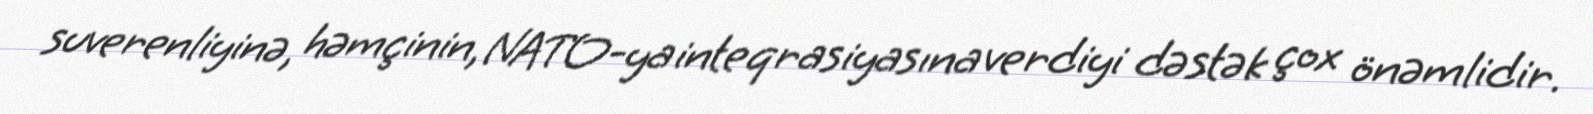
suverenliyinə, həmçinin, NATO-ya inteqrasiyasına verdiyi dəstək çox önəmlidir.